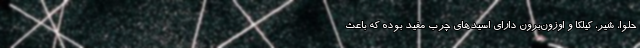
حلوا، شیر، کیلکا و اوزون‌برون دارای اسیدهای چرب مفید بوده که باعث